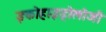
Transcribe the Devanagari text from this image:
इकोहाइड्रोलोजी